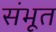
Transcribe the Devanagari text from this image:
संभूत